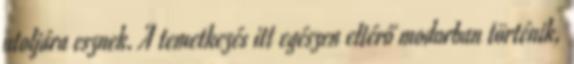
utoljára esznek. A temetkezés itt egészen eltérő modorban történik,